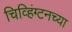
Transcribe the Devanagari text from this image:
चिव्हिंग्टनच्या